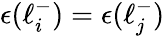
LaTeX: \epsilon(\ell_{i}^{-})=\epsilon(\ell_{j}^{-})